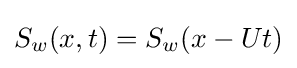
S_{w}(x,t)=S_{w}(x-Ut)